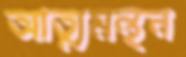
আত্মমন্থন